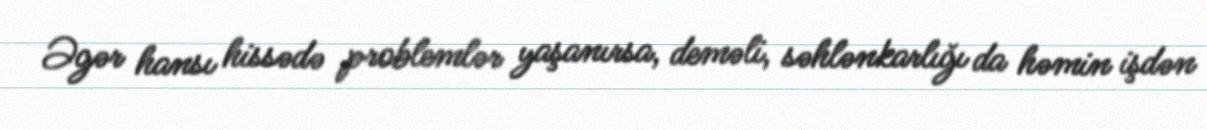
Əgər hansı hissədə problemlər yaşanırsa, deməli, səhlənkarlığı da həmin işdən